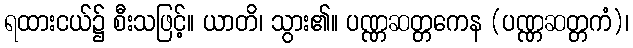
ရထားငယ်၌ စီးသဖြင့်။ ယာတိ၊ သွား၏။ ပဏ္ဏဆတ္တကေန (ပဏ္ဏဆတ္တကံ)၊